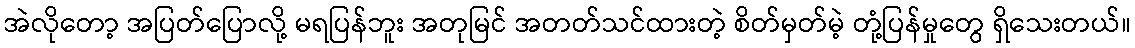
အဲလိုတော့ အပြတ်ပြောလို့ မရပြန်ဘူး အတုမြင် အတတ်သင်ထားတဲ့ စိတ်မှတ်မဲ့ တုံ့ပြန်မှုတွေ ရှိသေးတယ်။